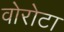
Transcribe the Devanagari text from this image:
वोरोटा